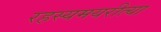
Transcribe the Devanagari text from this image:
रहस्यमयरीत्या